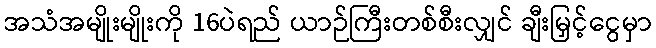
အသံအမျိုးမျိုးကို 16ပဲရည် ယာဉ်ကြီးတစ်စီးလျှင် ချီးမြှင့်ငွေမှာ